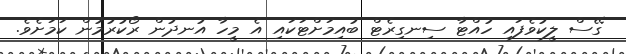
ގޭސް ލީކުވެފައި ހުއްޓާ ސިނގިރެޓް ބުއިމަށްޓަކައި އެ މީހާ އުނދުން ރޯކުރުމުން ކަމަށެވެ.